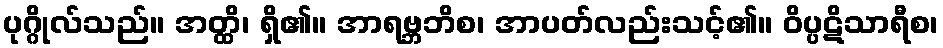
ပုဂ္ဂိုလ်သည်။ အတ္ထိ၊ ရှိ၏။ အာရဗ္ဘဘိစ၊ အာပတ်လည်းသင့်၏။ ဝိပ္ပဋိသာရီစ၊